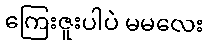
ကြေးဇူးပါပဲ မမလေး